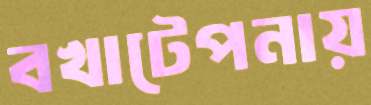
বখাটেপনায়